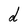
Character: d